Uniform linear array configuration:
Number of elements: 24
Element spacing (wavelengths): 1
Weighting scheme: kaiser
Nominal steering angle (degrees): -30
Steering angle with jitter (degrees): -30.173
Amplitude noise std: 0.05
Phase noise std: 0.05

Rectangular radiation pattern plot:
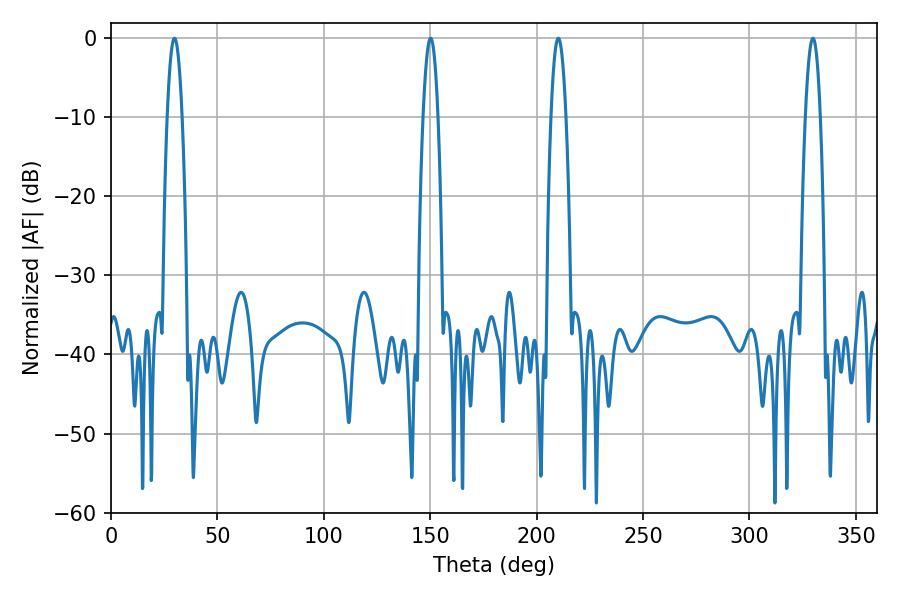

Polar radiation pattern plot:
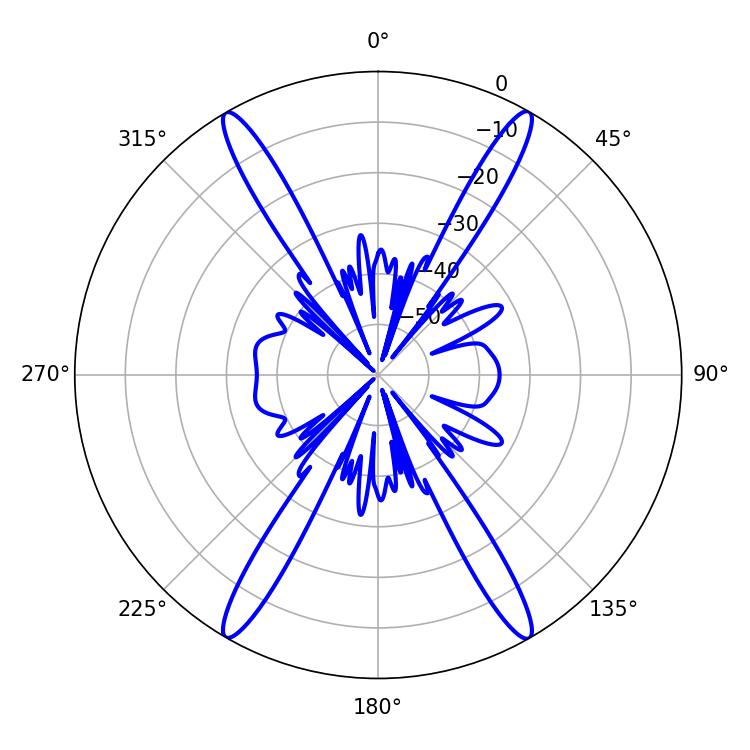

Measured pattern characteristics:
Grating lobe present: TRUE
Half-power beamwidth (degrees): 3.78
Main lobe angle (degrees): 29.88